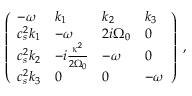
\left( \begin{array} { l l l l } { - { \omega } } & { k _ { 1 } } & { k _ { 2 } } & { k _ { 3 } } \\ { c _ { s } ^ { 2 } k _ { 1 } } & { - { \omega } } & { 2 i { \Omega } _ { 0 } } & { 0 } \\ { c _ { s } ^ { 2 } k _ { 2 } } & { - i \frac { \kappa ^ { 2 } } { 2 { \Omega } _ { 0 } } } & { - { \omega } } & { 0 } \\ { c _ { s } ^ { 2 } k _ { 3 } } & { 0 } & { 0 } & { - { \omega } } \end{array} \right) \; ,